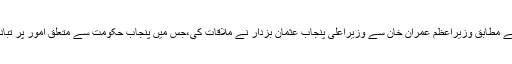
تفصیلات کے مطابق وزیراعظم عمران خان سے وزیراعلی پنجاب عثمان بزدار نے ملاقات کی،جس میں پنجاب حکومت سے متعلق امور پر تبادلہ خیال کیا۔